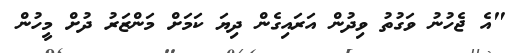
"އެ ޖެހުނު ވަގުތު ވިދުން އަރައިގެން ދިޔަ ކަމަށް މަންޒަރު ދުށް މީހުން